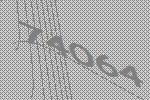
74064